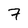
Character: 7